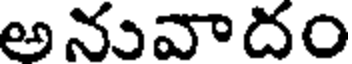
అనువాదం